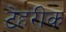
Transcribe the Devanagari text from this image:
टेहरीक